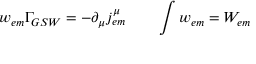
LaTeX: w _ { e m } \Gamma _ { G S W } = - \partial _ { \mu } j _ { e m } ^ { \mu } \qquad \int w _ { e m } = { \cal { W } } _ { e m } \nonumber { } \,